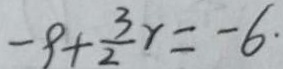
- 9 + \frac { 3 } { 2 } r = - 6 \cdot